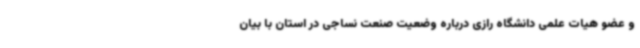
و عضو هیات علمی دانشگاه رازی درباره وضعیت صنعت نساجی در استان با بیان